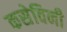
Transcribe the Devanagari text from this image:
कसेविनी